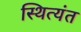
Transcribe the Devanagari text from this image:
स्थित्यंत